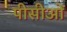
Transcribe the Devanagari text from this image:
पीसीओं